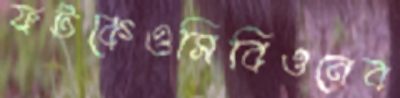
ফটকেওসিবিওনেব